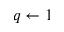
q \gets 1